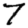
Digit: 7